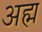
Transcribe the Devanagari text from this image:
अह्म